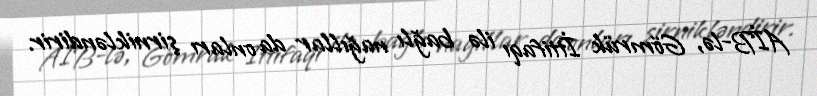
AİB-lə, Gömrük İttifaqı ilə bağlı nağıllar da onları şirnikləndirir.